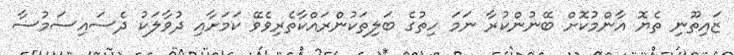
ޒައިތޫނި ތެޔޮ އާންމުކޮށް ބޭނުންކުރާ ނަމަ ހިތުގެ ބަލިތަކުންރައްކާތެރިވެވޭ ކަމަށާއި ދުވާލަކު ދެސައިސަމުސާ